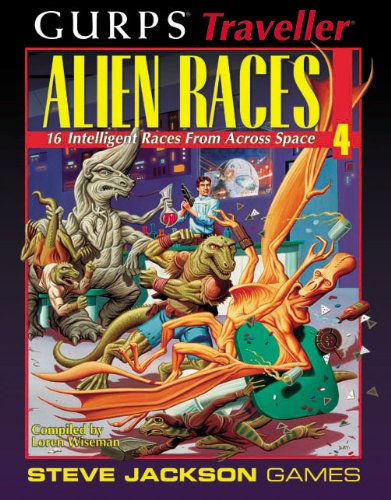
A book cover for GURPS Traveller Alien Races 4; Loren Wiseman; Science Fiction & Fantasy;